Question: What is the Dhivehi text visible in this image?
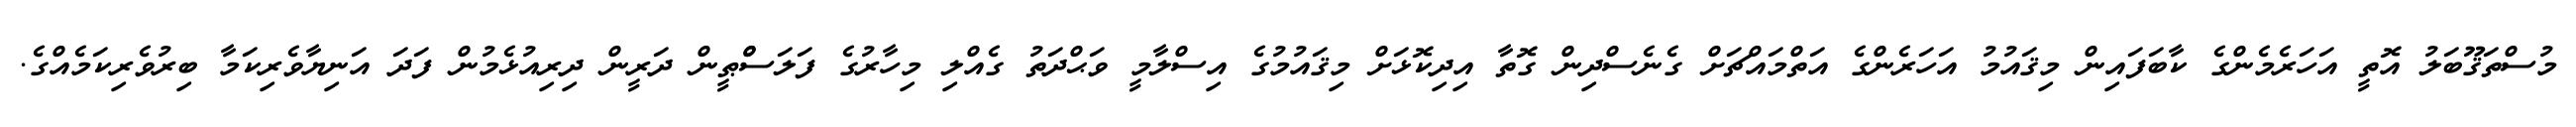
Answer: މުސްތަޤޫބަލު އޮތީ އަހަރެމެންގެ ކާބަފައިން މިޤައުމު އަހަރެންގެ އަތްމައްޗަށް ގެނެސްދިން ގޮތާ އިދިކޮޅަށް މިޤައުމުގެ އިސްލާމީ ވަޙްދަތު ގެއްލި މިހާރުގެ ފަލަސްްޠީން ދަރީން ދިރިއުޅެމުން ފަދަ އަނިޔާވެރިކަމާ ބިރުވެރިކަމެއްގެ.